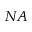
N A